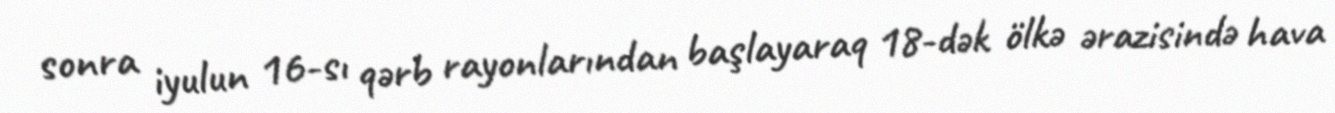
sonra iyulun 16-sı qərb rayonlarından başlayaraq 18-dək ölkə ərazisində hava